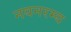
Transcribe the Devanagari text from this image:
नयनरम्‍य